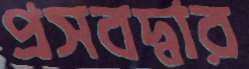
প্রসবদ্বার